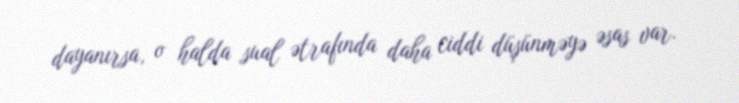
dayanırsa, o halda sual ətrafında daha ciddi düşünməyə əsas var.